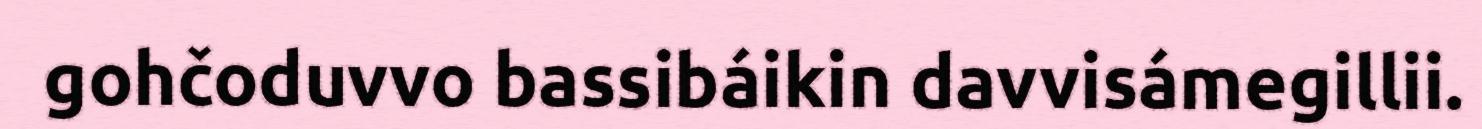
gohčoduvvo bassibáikin davvisámegillii.